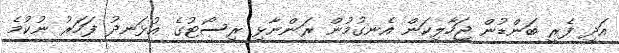
އަދި ފެރީ ބަންޑުން ޖަހާލިކަން އެނގުމުން ރަންނާޅި ރިސޯޓުގެ އުޅަނދު ފަހަރު ނުކުމެ